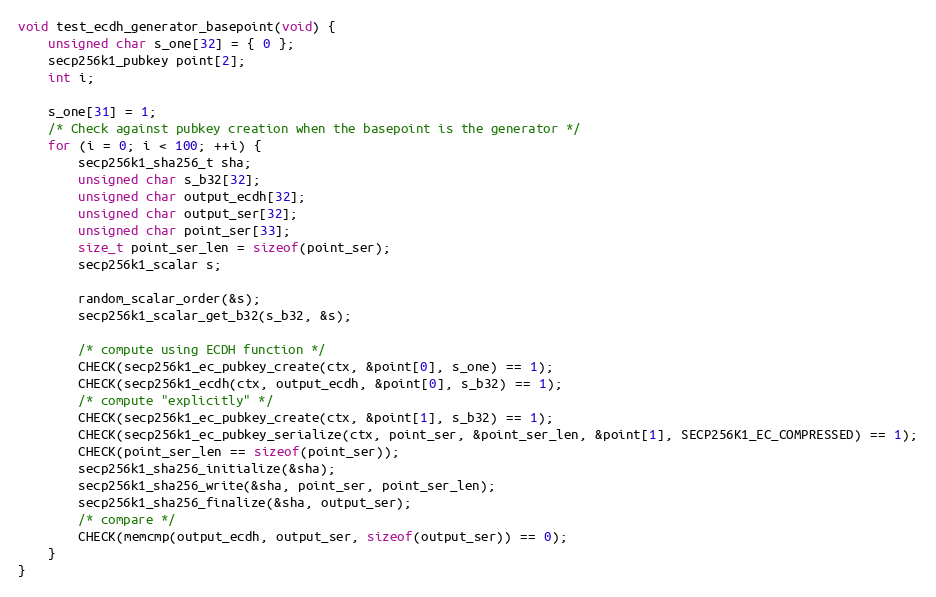
Language: C
void test_ecdh_generator_basepoint(void) {
    unsigned char s_one[32] = { 0 };
    secp256k1_pubkey point[2];
    int i;

    s_one[31] = 1;
    /* Check against pubkey creation when the basepoint is the generator */
    for (i = 0; i < 100; ++i) {
        secp256k1_sha256_t sha;
        unsigned char s_b32[32];
        unsigned char output_ecdh[32];
        unsigned char output_ser[32];
        unsigned char point_ser[33];
        size_t point_ser_len = sizeof(point_ser);
        secp256k1_scalar s;

        random_scalar_order(&s);
        secp256k1_scalar_get_b32(s_b32, &s);

        /* compute using ECDH function */
        CHECK(secp256k1_ec_pubkey_create(ctx, &point[0], s_one) == 1);
        CHECK(secp256k1_ecdh(ctx, output_ecdh, &point[0], s_b32) == 1);
        /* compute "explicitly" */
        CHECK(secp256k1_ec_pubkey_create(ctx, &point[1], s_b32) == 1);
        CHECK(secp256k1_ec_pubkey_serialize(ctx, point_ser, &point_ser_len, &point[1], SECP256K1_EC_COMPRESSED) == 1);
        CHECK(point_ser_len == sizeof(point_ser));
        secp256k1_sha256_initialize(&sha);
        secp256k1_sha256_write(&sha, point_ser, point_ser_len);
        secp256k1_sha256_finalize(&sha, output_ser);
        /* compare */
        CHECK(memcmp(output_ecdh, output_ser, sizeof(output_ser)) == 0);
    }
}